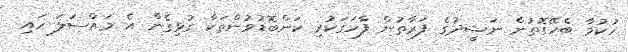
ހުކުމާ ބެހޭގޮތުން ނަޝީދުގެ ފަރާތުން ފާހަގަކުރި ކަންބޮޑުވުންތަކާ ގުޅިގެން އެ މައްސަލަ ހައި